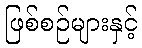
ဖြစ်စဉ်များနှင့်